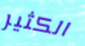
الكثير